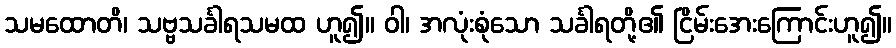
သမထောတိ၊ သဗ္ဗသင်္ခါရသမထ ဟူ၍။ ဝါ၊ အလုံးစုံသော သင်္ခါရတို့၏ ငြိမ်းအေးကြောင်းဟူ၍။